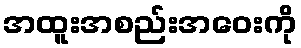
အထူးအစည်းအဝေးကို